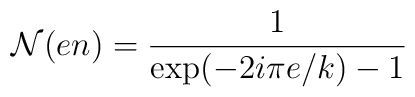
{\cal N}(en)=\frac{1}{\mbox{exp}(-2i\pi e/k)-1}